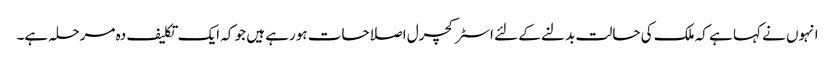
انہوں نے کہا ہے کہ ملک کی حالت بدلنے کے لئے اسٹرکچرل اصلاحات ہورہے ہیں جو کہ ایک تکلیف دہ مرحلہ ہے۔